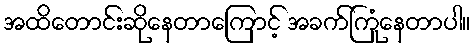
အထိတောင်းဆိုနေတာကြောင့် အခက်ကြုံနေတာပါ။